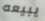
يبيعه